画像に写った文字を読んでください
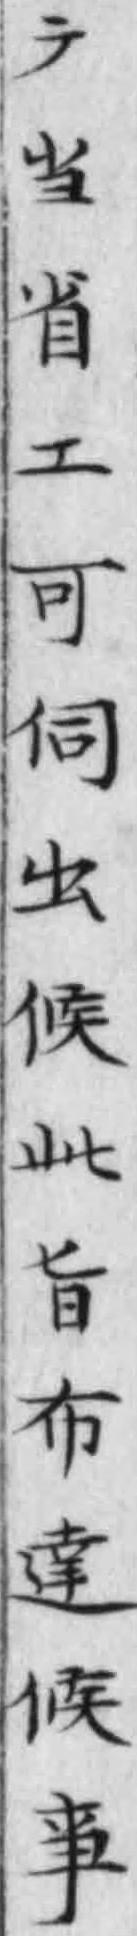
「テ当省工可伺出候此旨布達候事」と書いてあります